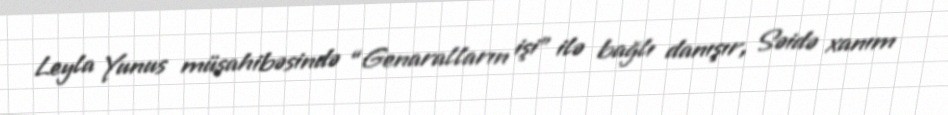
Leyla Yunus müsahibəsində “Genaralların işi” ilə bağlı danışır, Səidə xanım